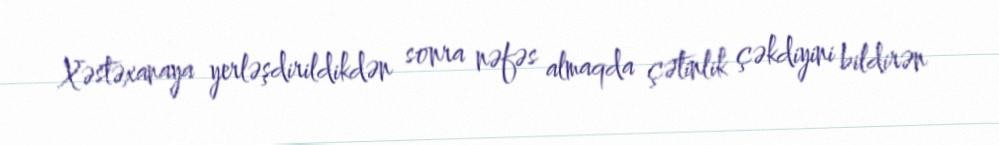
Xəstəxanaya yerləşdirildikdən sonra nəfəs almaqda çətinlik çəkdiyini bildirən